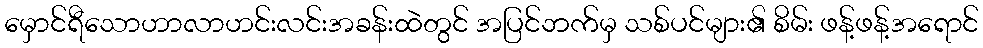
မှောင်ရီသောဟာလာဟင်းလင်းအခန်းထဲတွင် အပြင်ဘက်မှ သစ်ပင်များ၏ စိမ်း ဖန့်ဖန့်အရောင်